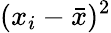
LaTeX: (x_{i}-{\bar{x}})^{2}